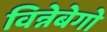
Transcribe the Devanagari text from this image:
विन्नेबेगो